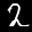
Label: 2